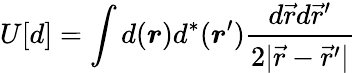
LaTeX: U[d]=\int d(\boldsymbol{r})d^{*}(\boldsymbol{r}^{\prime})\frac{d\vec{r}d\vec{r}^{\prime}}{2|\vec{r}-\vec{r}^{\prime}|}